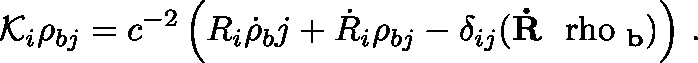
{ \cal K } _ { i } \rho _ { b j } = c ^ { - 2 } \left( R _ { i } \dot { \rho } { _ b j } + \dot { R } _ { i } \rho _ { b j } - \delta _ { i j } ( { \bf \dot { R } { \mathrm { \boldmath ~ \ r h o ~ } } _ { b } } ) \right) \, .